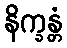
နိက္ခန္တံ